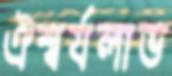
ঐশ্বর্যলাভ